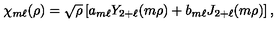
\chi _ { m \ell } ( \rho ) = \sqrt { \rho } \left[ a _ { m \ell } Y _ { 2 + \ell } ( m \rho ) + b _ { m \ell } J _ { 2 + \ell } ( m \rho ) \right] ,